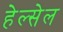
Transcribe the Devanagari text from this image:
हेल्सेल